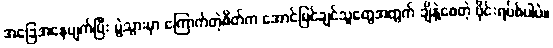
အခြေအနေပျက်ပြီး မွဲသွားမှာ ကြောက်တဲ့စိတ်က အောင်မြင်ချင်သူတွေအတွက် ချိနဲ့စေတဲ့ ဗိုင်းရပ်စ်ပါပဲ။